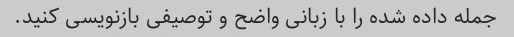
جمله داده شده را با زبانی واضح و توصیفی بازنویسی کنید.